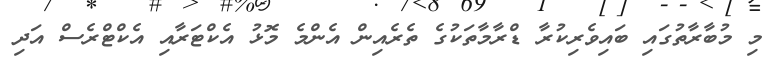
މި މުބާރާތުގައި ބައިވެރިކުރާ ޑްރާމާތަކުގެ ތެރެއިން އެންމެ މޮޅު އެކްޓަރާއި އެކްޓްރެސް އަދި